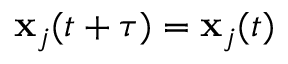
\mathbf { x } _ { j } ( t + \tau ) = \mathbf { x } _ { j } ( t )